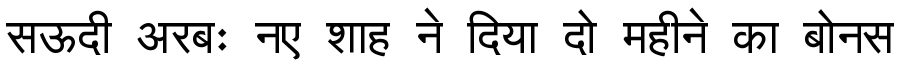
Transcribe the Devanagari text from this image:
सऊदी अरबः नए शाह ने दिया दो महीने का बोनस